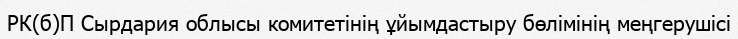
РК(б)П Сырдария облысы комитетінің ұйымдастыру бөлімінің меңгерушісі